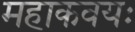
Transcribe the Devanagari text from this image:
महाकवयः